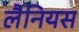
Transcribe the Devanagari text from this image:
लैनियस